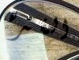
الفتره